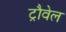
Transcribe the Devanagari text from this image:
ट्रौवेल